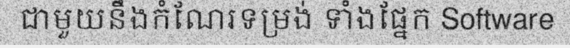
ជាមួយនឹងកំណែរទម្រង់ ទាំងផ្នែក Software